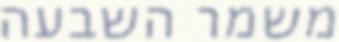
משמר השבעה